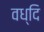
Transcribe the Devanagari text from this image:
वध्दि